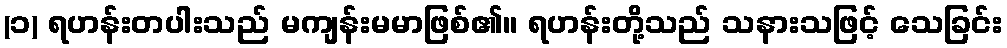
(၁) ရဟန်းတပါးသည် မကျန်းမမာဖြစ်၏။ ရဟန်းတို့သည် သနားသဖြင့် သေခြင်း